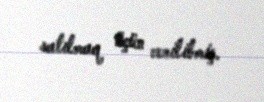
satılmaq üçün verilibmiş.